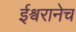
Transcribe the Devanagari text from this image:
ईश्वरानेच